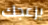
يزعجك